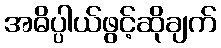
အဓိပ္ပါယ်ဖွင့်ဆိုချက်